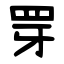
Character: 䍓